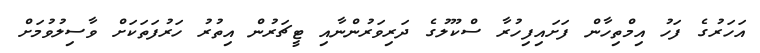
އަހަރުގެ ފަހު އިމްތިހާން ފަށައިފިހުރާ ސްކޫލުގެ ދަރިވަރުންނާއި ޓީޗަރުން އިތުރު ހަރުފަތަކަށް ވާސިލުވުމަށް